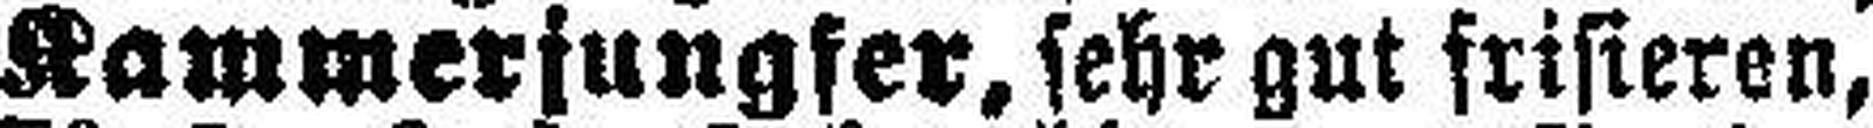
Kammerjungfer, sehr gut frisieren,